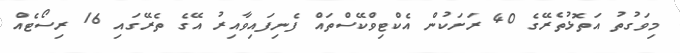
މިވަގުތު އަތޮޅުތެރޭގެ 40 ރަށަކުން އެކްޓިވްކޭސްތައް ފެނިފައިވާއިރު އޭގެ ތެރޭގައި 16 ރިސޯޓެއް